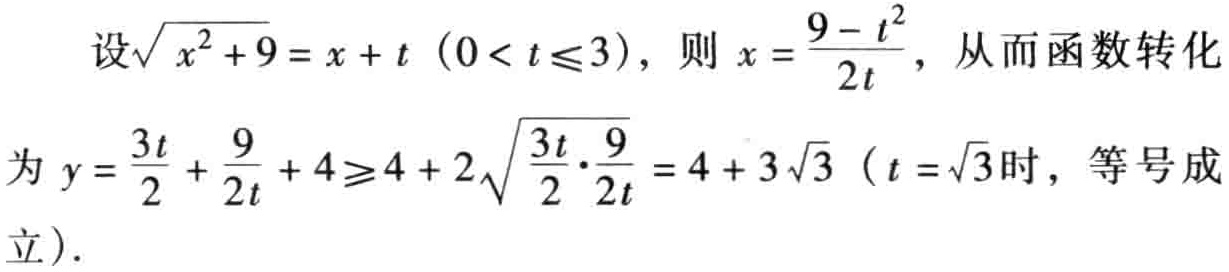
设\(\sqrt{x^{2}+9}=x + t\ (0 < t\leqslant3)\)，则\(x = \frac{9 - t^{2}}{2t}\)，从而函数转化为\(y = \frac{3t}{2} + \frac{9}{2t} + 4\geqslant4 + 2\sqrt{\frac{3t}{2}\cdot\frac{9}{2t}} = 4 + 3\sqrt{3}\ (t = \sqrt{3}\text{时，等号成立})\)。